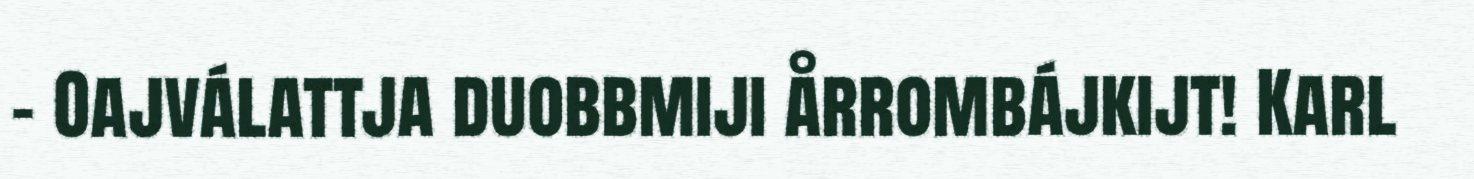
- Oajválattja duobbmiji årrombájkijt! Karl